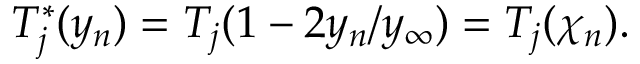
T _ { j } ^ { * } ( y _ { n } ) = T _ { j } ( 1 - 2 y _ { n } / y _ { \infty } ) = T _ { j } ( \chi _ { n } ) .